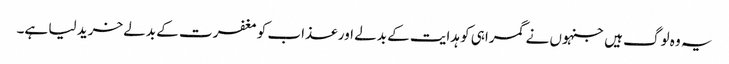
یہ وہ لوگ ہیں جنہوں نے گمراہی کو ہدایت کے بدلے اور عذاب کو مغفرت کے بدلے خرید لیا ہے۔